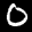
Label: 0